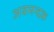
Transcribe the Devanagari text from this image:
अवमन्दक